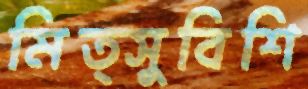
মিত্সুবিশি